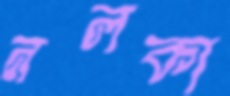
নলকা